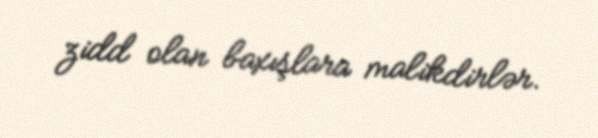
zidd olan baxışlara malikdirlər.